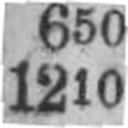
1210